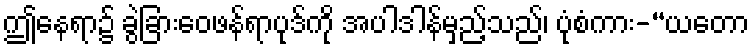
ဤနေရာ၌ ခွဲခြားဝေဖန်ရာပုဒ်ကို အပါဒါန်မှည့်သည်၊ ပုံစံကား-“ယတော